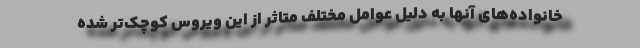
خانواده‌های آنها به دلیل عوامل مختلف متاثر از این ویروس کوچک‌تر شده